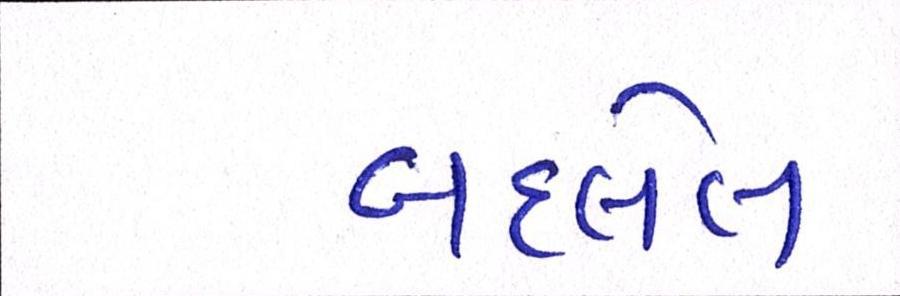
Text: બદલેલ